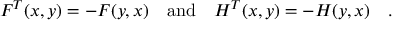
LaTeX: { \cal F } ^ { T } ( x , y ) = - { \cal F } ( y , x ) \quad \mathrm { a n d } \quad { \cal H } ^ { T } ( x , y ) = - { \cal H } ( y , x ) \quad .